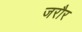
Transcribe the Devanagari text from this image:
जरौर